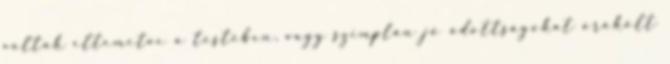
voltak eltemetve a testében, vagy szimplán jó adottságokat örökölt